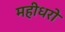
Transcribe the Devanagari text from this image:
महीधरो